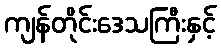
ကျန်တိုင်းဒေသကြီးနှင့်